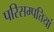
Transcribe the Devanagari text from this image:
परिसम्‍पत्तियां